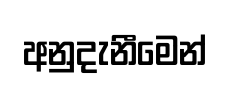
අනුදැනීමෙන්